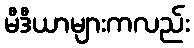
မီဒီယာများကလည်း